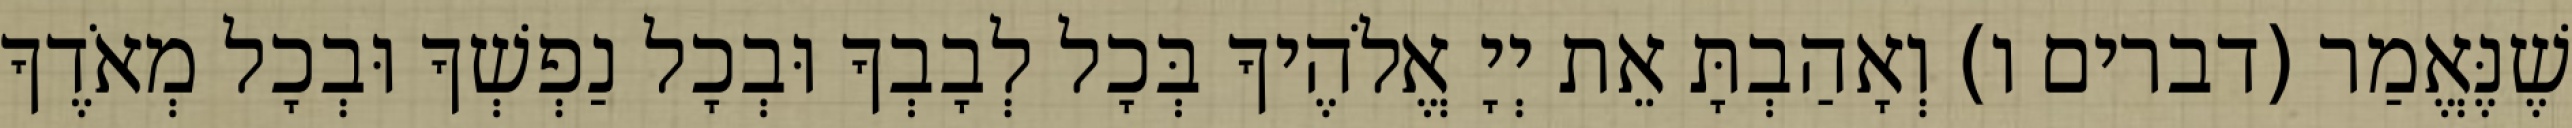
שֶׁנֶּאֱמַר (דברים ו) וְאָהַבְתָּ אֵת יְיָ אֱלֹהֶיךָ בְּכָל לְבָבְךָ וּבְכָל נַפְשְׁךָ וּבְכָל מְאֹדֶךָ